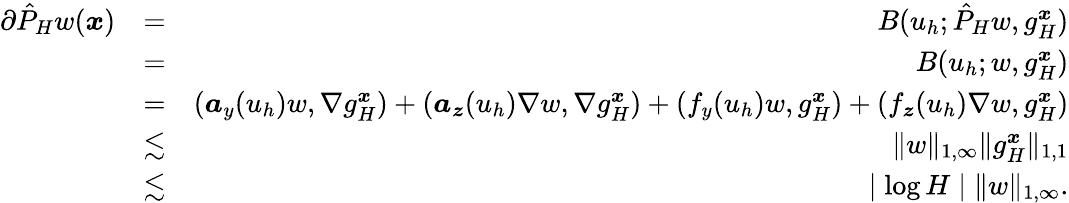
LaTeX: \begin{array}{rlr}{\partial\hat{P}_{H}w({\boldsymbol{x}})}&{=}&{B(u_{h};\hat{P}_{H}w,g_{H}^{\boldsymbol{x}})}\\ &{=}&{B(u_{h};w,g_{H}^{\boldsymbol{x}})}\\ &{=}&{(\boldsymbol{a}_{y}(u_{h})w,\nabla g_{H}^{\boldsymbol{x}})+(\boldsymbol{a}_{\boldsymbol{z}}(u_{h})\nabla w,\nabla g_{H}^{\boldsymbol{x}})+(f_{y}(u_{h})w,g_{H}^{\boldsymbol{x}})+(f_{\boldsymbol{z}}(u_{h})\nabla w,g_{H}^{\boldsymbol{x}})}\\ &{\lesssim}&{\| w\| _{1,\infty}\| g_{H}^{\boldsymbol{x}}\| _{1,1}}\\ &{\lesssim}&{\mid\log H\mid\| w\| _{1,\infty}.}\end{array}